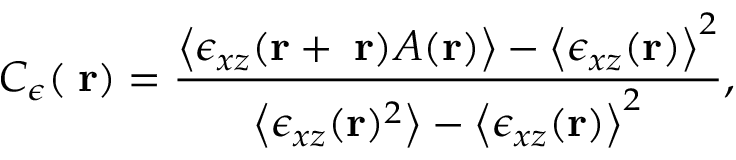
C _ { \epsilon } ( { \bf \delta r } ) = \frac { \left< \epsilon _ { x z } ( { \bf r + \delta r } ) A ( { \bf r } ) \right> - \left< \epsilon _ { x z } ( { \bf r } ) \right> ^ { 2 } } { \left< \epsilon _ { x z } ( { \bf r } ) ^ { 2 } \right> - \left< \epsilon _ { x z } ( { \bf r } ) \right> ^ { 2 } } ,